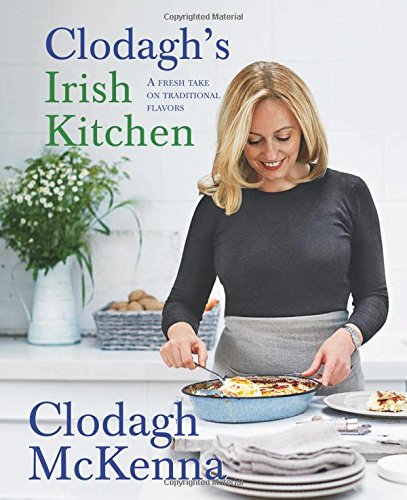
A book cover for Clodagh's Irish Kitchen: A Fresh Take on Traditional Flavors; Clodagh McKenna; Cookbooks, Food & Wine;